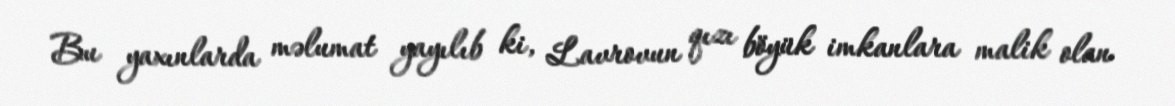
Bu yaxınlarda məlumat yayılıb ki, Lavrovun qızı böyük imkanlara malik olan